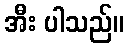
အီး ပါသည်။